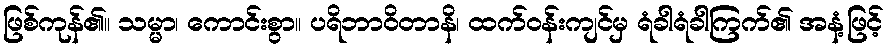
ဖြစ်ကုန်၏။ သမ္မာ၊ ကောင်းစွာ။ ပရိဘာဝိတာနိ၊ ထက်ဝန်းကျင်မှ ရံခါရံခါကြက်၏ အနံ့ဖြင့်